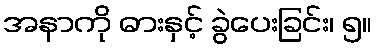
အနာကို ဓားနှင့် ခွဲပေးခြင်း၊ ၅။